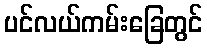
ပင်လယ်ကမ်းခြေတွင်